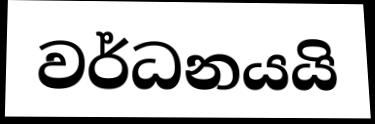
වර්ධනයයි